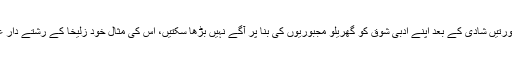
عام طور پر عورتیں شادی کے بعد اپنے ادبی شوق کو گھریلو مجبوریوں کی بنا پر آگے نہیں بڑھا سکتیں، اس کی مثال خود زُلیخا کے رشتے دار عائشہ کی تھی۔